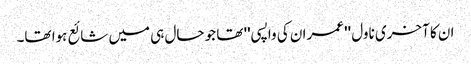
ان کا آخری ناول '' عمران کی واپسی'' تھا جو حال ہی میں شائع ہوا تھا۔